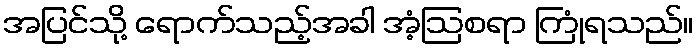
အပြင်သို့ ရောက်သည့်အခါ အံ့ဩစရာ ကြုံရသည်။